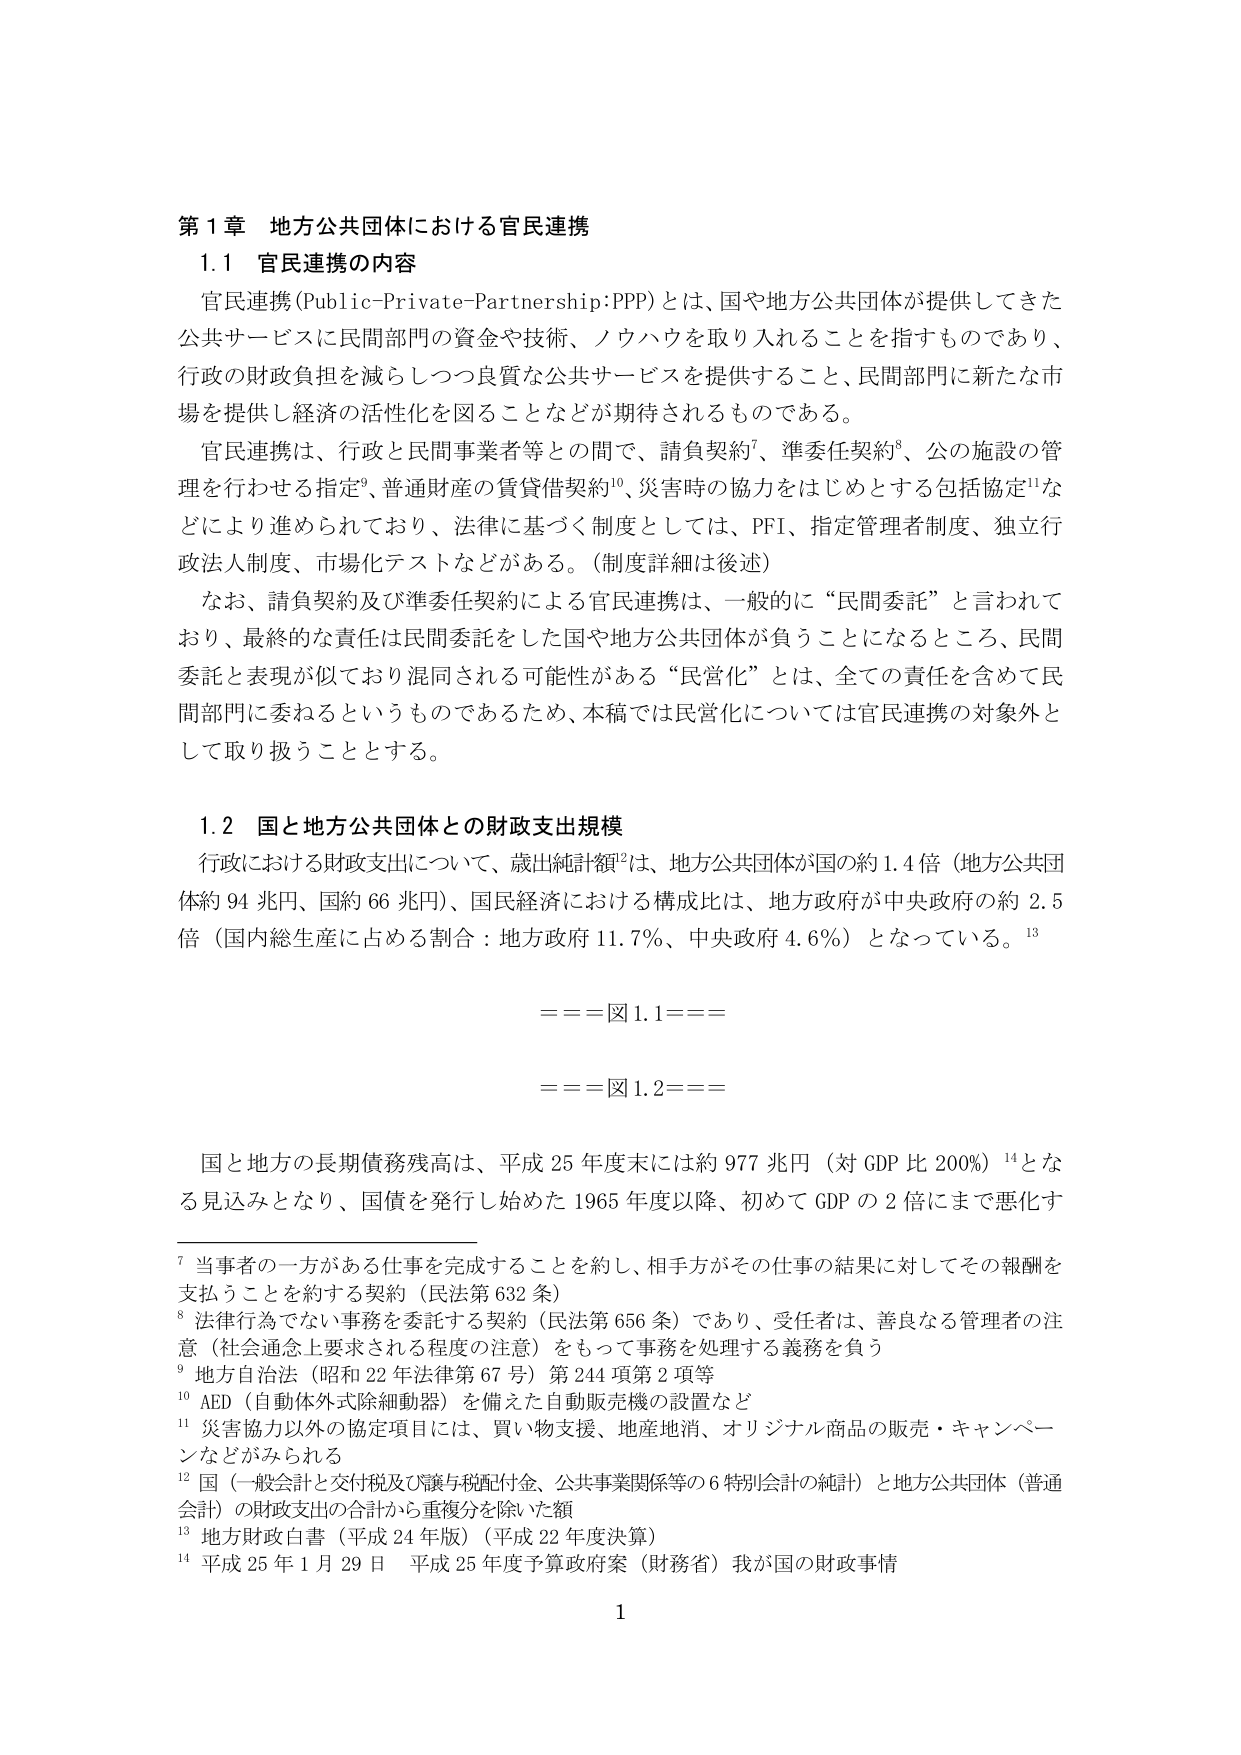
第1章 地方公共団体における官民連携

1.1 官民連携の内容

官民連携（Public-Private-Partnership:PPP）とは、国や地方公共団体が提供してきた公共サービスに民間部門の資金や技術、ノウハウを取り入れることを指すものであり、行政の財政負担を減らしつつ良質な公共サービスを提供すること、民間部門に新たな市場を提供し経済の活性化を図ることなどが期待されるものである。

官民連携は、行政と民間事業者等との間で、請負契約⁷、準委任契約⁸、公の施設の管理を行わせる指定⁹、普通財産の賃貸借契約¹⁰、災害時の協力をはじめとする包括協定¹¹などにより進められており、法律に基づく制度としては、PFI、指定管理者制度、独立行政法人制度、市場化テストなどがある。（制度詳細は後述）

なお、請負契約及び準委任契約による官民連携は、一般的に“民間委託”と言われており、最終的な責任は民間委託をした国や地方公共団体が負うことになるところ、民間委託と表現が似ており混同される可能性がある“民営化”とは、全ての責任を含めて民間部門に委ねるというものであるため、本稿では民営化については官民連携の対象外として取り扱うこととする。

1.2 国と地方公共団体との財政支出規模

行政における財政支出について、歳出純計額¹²は、地方公共団体が国の約1.4倍（地方公共団体約94兆円、国約66兆円）、国民経済における構成比は、地方政府が中央政府の約2.5倍（国内総生産に占める割合：地方政府11.7％、中央政府4.6％）となっている。¹³

===図1.1===

===図1.2===

国と地方の長期債務残高は、平成25年度末には約977兆円（対GDP比200％）¹⁴となる見込みとなり、国債を発行し始めた1965年度以降、初めてGDPの2倍にまで悪化す

⁷ 当事者の一方がある仕事を完成することを約し、相手方がその仕事の結果に対してその報酬を支払うことを約する契約（民法第632条）

⁸ 法律行為でない事務を委託する契約（民法第656条）であり、受任者は、善良なる管理者の注意（社会通念上要求される程度の注意）をもって事務を処理する義務を負う

⁹ 地方自治法（昭和22年法律第67号）第244項第2項等

¹⁰ AED（自動体外式除細動器）を備えた自動販売機の設置など

¹¹ 災害協力以外の協定項目には、買い物支援、地産地消、オリジナル商品の販売・キャンペーンなどがみられる

¹² 国（一般会計と交付税及び譲与税配付金、公共事業関係等の6特別会計の総計）と地方公共団体（普通会計）の財政支出の合計から重複分を除いた額

¹³ 地方財政白書（平成24年版）（平成22年度決算）

¹⁴ 平成25年1月29日 平成25年度予算政府案（財務省）我が国の財政事情

1